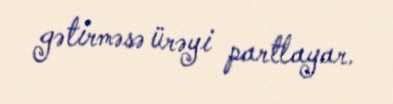
gətirməsə ürəyi partlayar.